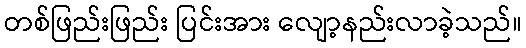
တစ်ဖြည်းဖြည်း ပြင်းအား လျော့နည်းလာခဲ့သည်။